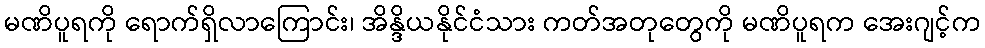
မဏိပူရကို ရောက်ရှိလာကြောင်း၊ အိန္ဒိယနိုင်ငံသား ကတ်အတုတွေကို မဏိပူရက အေးဂျင့်က